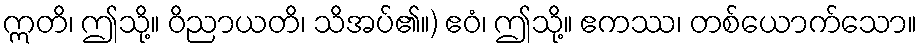
ဣတိ၊ ဤသို့။ ဝိညာယတိ၊ သိအပ်၏။) ဧဝံ၊ ဤသို့။ ဧကဿ၊ တစ်ယောက်သော။